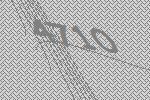
4710